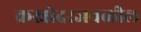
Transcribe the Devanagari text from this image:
क्रस्नोदरजवळील